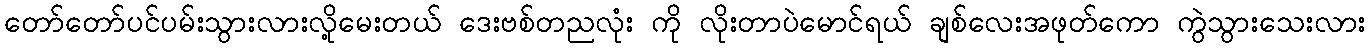
တော်တော်ပင်ပမ်းသွားလားလို့မေးတယ် ဒေးဗစ်တညလုံး ကို လိုးတာပဲမောင်ရယ် ချစ်လေးအဖုတ်ကော ကွဲသွားသေးလား